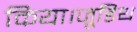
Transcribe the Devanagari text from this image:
किया।जूडिथ